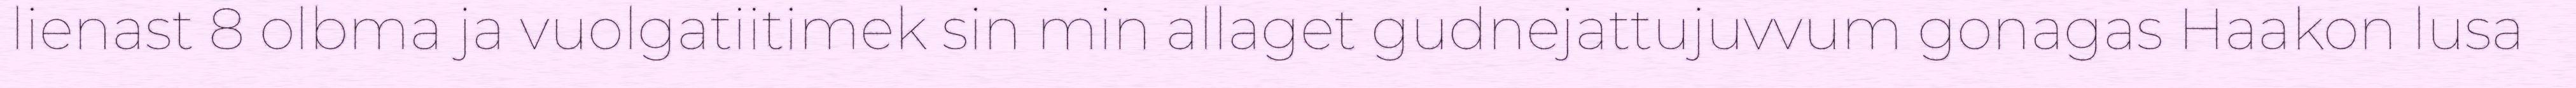
lienast 8 olbma ja vuolgatiitimek sin min allaget gudnejattujuvvum gonagas Haakon lusa